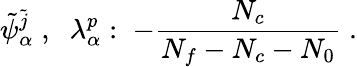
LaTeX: \tilde{\psi}_{\alpha}^{\tilde{j}}\; ,\; \; \lambda_{\alpha}^{p}:\; -\frac{N_{c}}{N_{f}-N_{c}-N_{0}}\; .